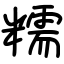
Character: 糯